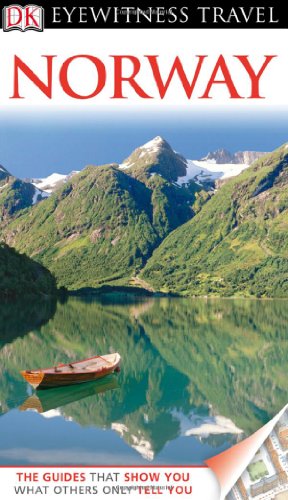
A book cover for DK Eyewitness Travel Guide: Norway; Travel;